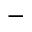
-